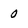
Character: 0